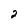
Character: 2